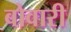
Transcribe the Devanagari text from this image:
बोवारी